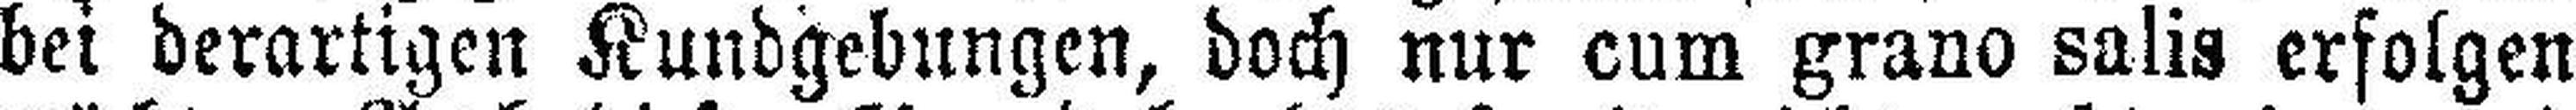
bei derartigen Kundgebungen, doch nur cum grano salis erfolgen